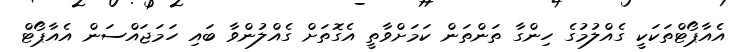
އެއާޕޯޓްތަކަކީ ގެއްލުމުގެ ހިންގާ ތަންތަން ކަމަށްވާތީ އެގޮތަށް ގެއްލުންވާ ބައި ހަމަޖައްސަން އެއާޕޯޓް